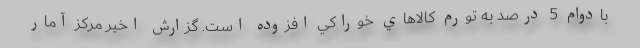
بادوام 5 درصد به تورم كالاهاي خوراكي افزوده است. گزارش اخير مركز آمار